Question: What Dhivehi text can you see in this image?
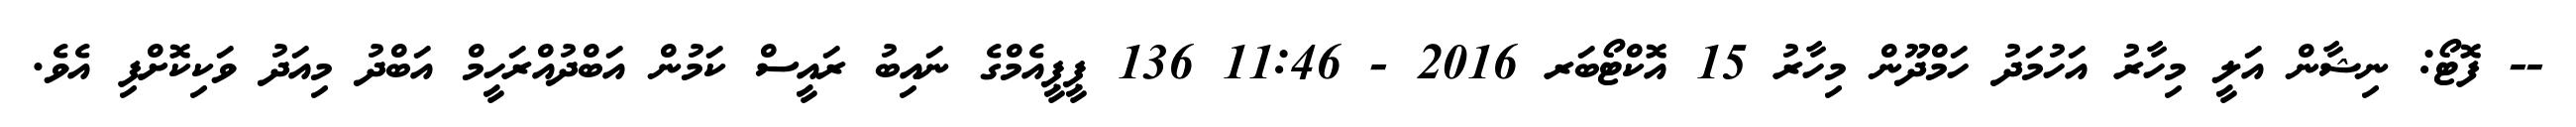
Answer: -- ފޮޓޯ: ނިޝާން އަލީ މިހާރު އަހުމަދު ހަމްދޫން މިހާރު 15 އޮކްޓޯބަރ 2016 - 11:46 136 ޕީޕީއެމްގެ ނައިބު ރައީސް ކަމުން އަބްދުއްރަހީމް އަބްދު މިއަދު ވަކިކޮށްފި އެވެ.